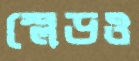
স্লেডও